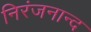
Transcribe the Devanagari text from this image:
निरंजनान्द